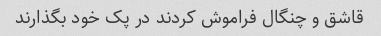
قاشق و چنگال فراموش کردند در پک خود بگذارند